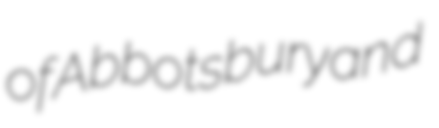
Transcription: of Abbotsbury and